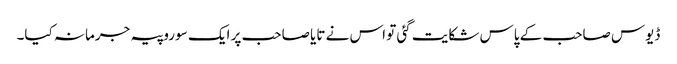
ڈیوس صاحب کے پاس شکایت گئی تو اس نے تایا صاحب پر ایک سو روپیہ جرمانہ کیا۔